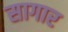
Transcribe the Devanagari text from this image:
सागार